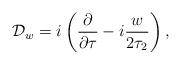
LaTeX: \begin{align*}{{\cal D}_w =i \left( {\partial \over \partial \tau} - i {w \over2\tau_2}\right),}\end{align*}